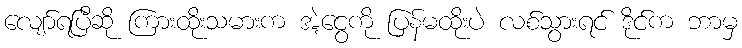
လျော်ရပြီဆို ကြားထိုးသမားက အဲ့ငွေကို ပြန်မထိုးပဲ လစ်သွားရင် ဒိုင်က ဘာမှ